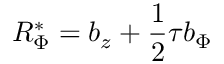
{ \cal R } _ { \Phi } ^ { * } = b _ { z } + \frac { 1 } { 2 } \tau b _ { \Phi }